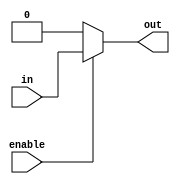
module buffer_with_enable (
    input in,
    input enable,
    output reg out
);

always @ (in, enable)
begin
    if (enable)
        out = in;
    else
        out = 0; // Change to 1 if desired constant value is 1
end

endmodule